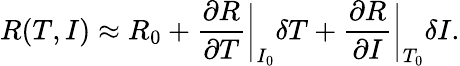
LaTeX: R(T,I)\approx R_{0}+\frac{\partial R}{\partial T}\bigg|_{I_{0}}\delta T+\frac{\partial R}{\partial I}\bigg|_{T_{0}}\delta I.